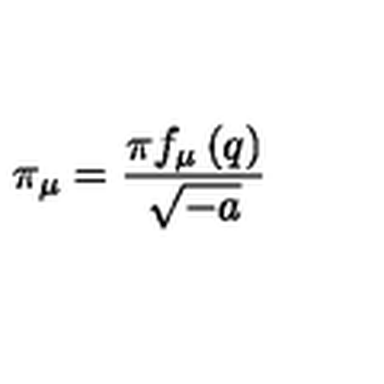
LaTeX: \pi _ { \mu } = \frac { \pi f _ { \mu } \left( q \right) } { \sqrt { - a } }